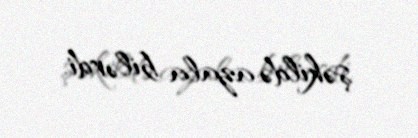
şəkildə azala bilərdi.